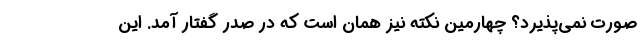
صورت نمی‌پذیرد؟ چهارمین نکته نیز همان است که در صدر گفتار آمد. این